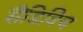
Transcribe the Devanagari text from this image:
सैंडिविच